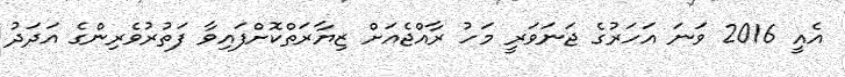
އެއީ 2016 ވަނަ އަހަރުގެ ޖަނަވަރީ މަހު ރާއްޖެއަށް ޒިޔާރަތްކޮށްފައިވާ ފަތުރުވެރިންގެ އަދަދު